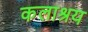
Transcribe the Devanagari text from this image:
कलाश्रय